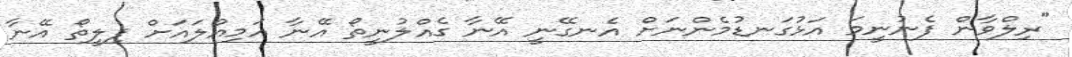
"ރިލްވާން ފެނުނީމަ އަޅުގަނޑުމެންނަށް އެނގޭނީ އޭނާ ގެއްލުނީތޯ އޭނާ އަމިއްލައަށް ފިލީތޯ އޭނާ